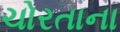
ચોરતાના